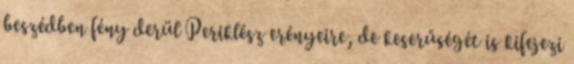
beszédben fény derül Periklész erényeire, de keserűségét is kifejezi